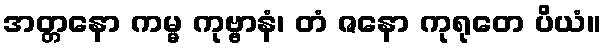
အတ္တနော ကမ္မ ကုဗ္ဗာနံ၊ တံ ဇနော ကုရုတေ ပိယံ။